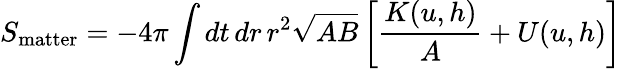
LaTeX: S_{\mathrm{matter}}=-4\pi\int dt\, dr\, r^{2}\sqrt{AB}\left[{\frac{K(u,h)}{A}}+U(u,h)\right]